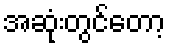
အဆုံးတွင်တော့